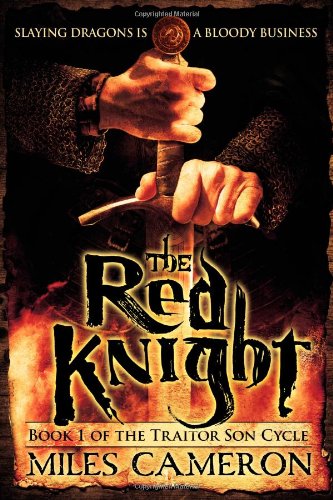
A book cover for The Red Knight (The Traitor Son Cycle); Miles Cameron; Literature & Fiction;